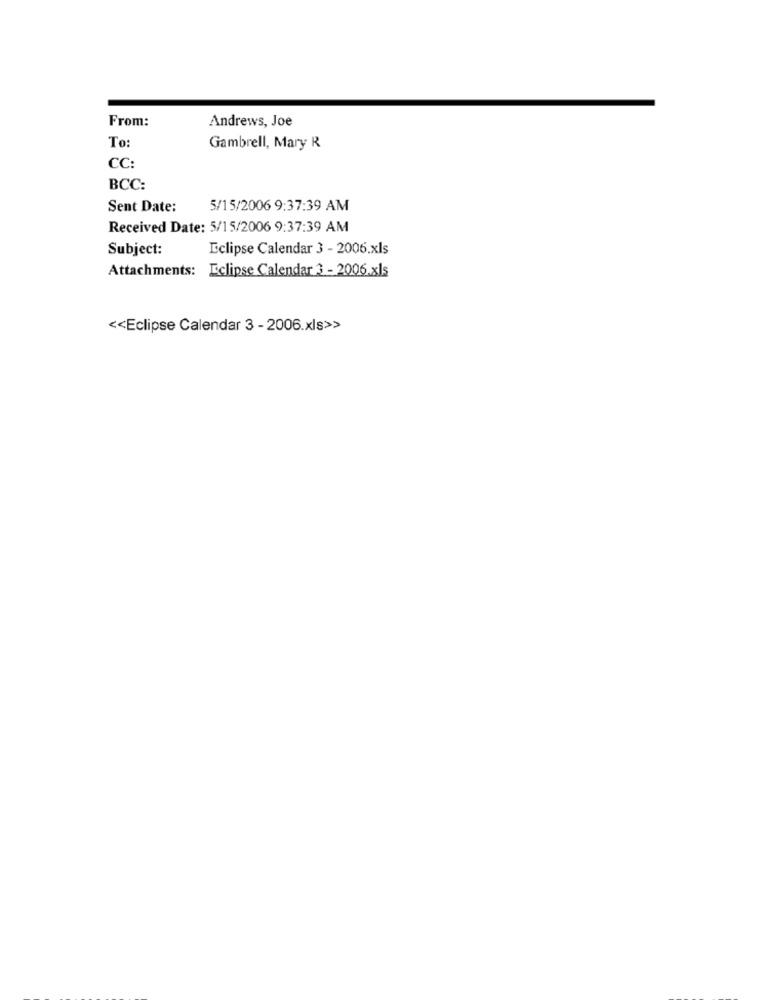
From:
Andrews, Joe
To
Gambrell, Mary R
CC:
BCC:
Sent Date:
5/15/2006 9:37:39 AM
Received Date: 5/15/2006 9:37:39 AM
Subject:
Eclipse Calendar 3 - 2006.xls
Attachments: Eclipse Calendar 3 - 2006.xls
<< Eclipse Calendar 3 - 2006.xls>>